画像に写った文字を読んでください
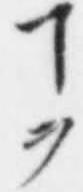
「ヿヲ」と書いてあります